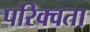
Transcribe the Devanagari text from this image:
परिक्वता